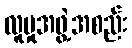
လူမှုအဖွဲ့အစည်း